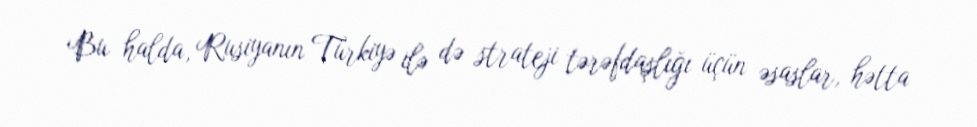
Bu halda, Rusiyanın Türkiyə ilə də strateji tərəfdaşlığı üçün əsaslar, hətta